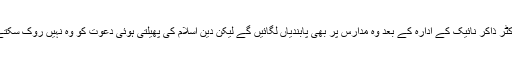
ڈاکٹر ذاکر نائیک کے ادارہ کے بعد وہ مدارس پر بھی پابندیاں لگائیں گے لیکن دین اسلام کی پھیلتی ہوئی دعوت کو وہ نہیں روک سکتے۔